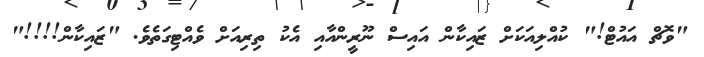
"ވޮޗް އައުޓް!" ކުއްލިއަކަށް ޒައިކާން އައިސް ނޫރީންއާއި އެކު ތިރިއަށް ވެއްޓިގަތެވެ. "ޒައިކާން!!!!"